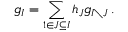
g _ { I } = \sum _ { 1 \in J \subseteq I } h _ { J } g _ { I \setminus J } \, .